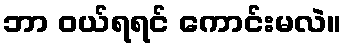
ဘာ ဝယ်ရရင် ကောင်းမလဲ။